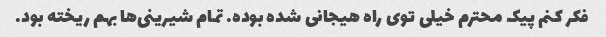
فکر کنم پیک محترم خیلی توی راه هیجانی شده بوده. تمام شیرینی‌ها بهم ریخته بود.